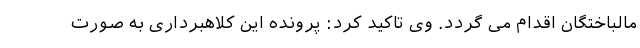
مالباختگان اقدام می گردد. وی تاکید کرد: پرونده این کلاهبرداری به صورت